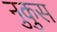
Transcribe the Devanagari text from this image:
नुकुस